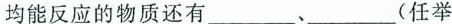
均能反应的物质还有___、___(任举